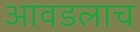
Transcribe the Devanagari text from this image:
आवडलाच